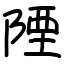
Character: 陻